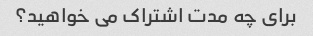
برای چه مدت اشتراک می خواهید؟